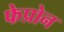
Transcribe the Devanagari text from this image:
फेप्रोन